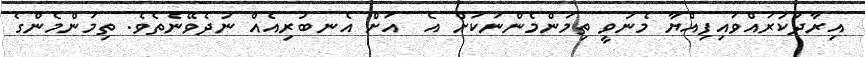
އިރާދަކުރައްވައިފިއްޔާ މެނުވީ ތިމަންމެންނަކަށް އެ  އަށް އެނބުރިއެއް ނުދެވޭނެތެވެ. ތިމަންމެންގެ